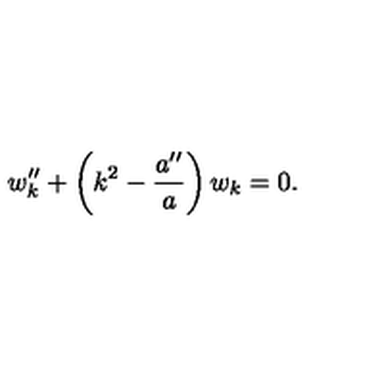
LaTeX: w _ { k } ^ { \prime \prime } + \left( k ^ { 2 } - { \frac { a ^ { \prime \prime } } { a } } \right) w _ { k } = 0 .